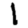
Digit: 1